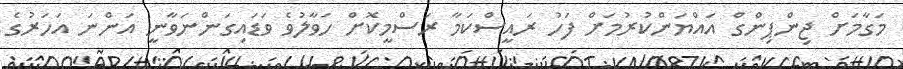
މަގާމަށް ޖިންޕިންގް އައްޔަންކުރުމަށް ފަހު ރައީސްކަމާ ރަސްމީކޮށް ހަވާލުވެ ވަޑައިގަންނަވާނީ އަންނަ އަހަރުގެ